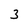
Character: 3